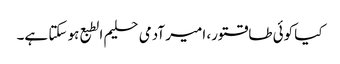
کیا کوئی طاقتور، امیر آدمی حلیم الطبع ہو سکتا ہے۔